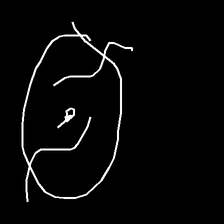
Glyph: repetition